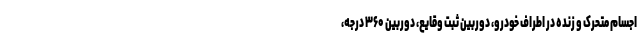
اجسام متحرک و زنده در اطراف خودرو، دوربین ثبت وقایع، دوربین ۳۶۰ درجه،